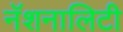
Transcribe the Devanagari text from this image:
नॅशनालिटी